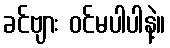
ခင်ဗျား ဝင်မပါပါနဲ့။